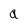
Character: a